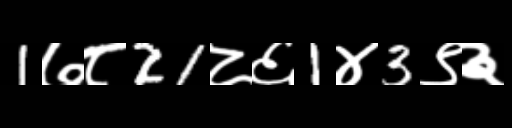
Text: 1७८21८६1४3९३